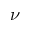
\nu